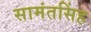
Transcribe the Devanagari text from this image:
सामंतसिंह